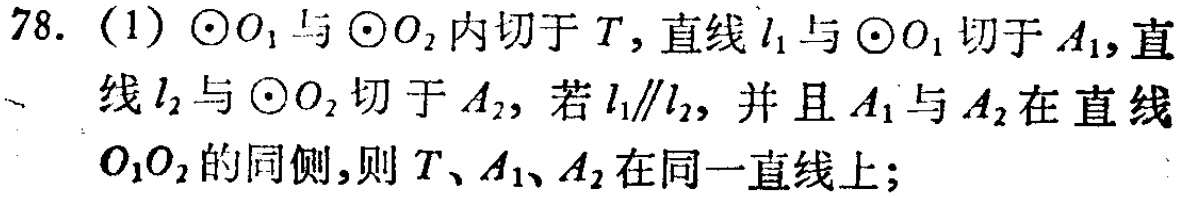
78. (1) $\odot O_1$与$\odot O_2$内切于$T$，直线$l_1$与$\odot O_1$切于$A_1$，直线$l_2$与$\odot O_2$切于$A_2$，若$l_1\parallel l_2$，并且$A_1$与$A_2$在直线$O_1O_2$的同侧，则$T$、$A_1$、$A_2$在同一直线上；